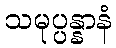
သမုပ္ပန္နာနံ